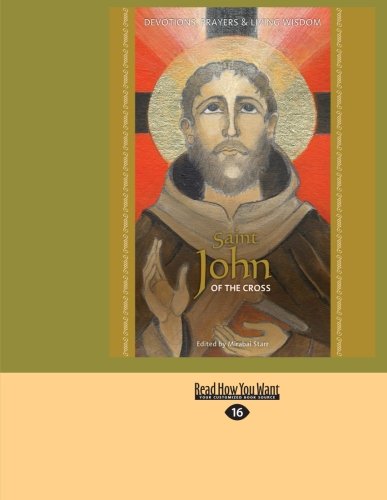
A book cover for Saint John of the Cross: Devotion, Prayers & Living Wisdom; Mirabai Starr; Religion & Spirituality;